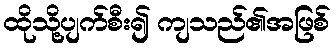
ထိုသို့ပျက်စီး၍ ကျသည်၏အဖြစ်